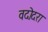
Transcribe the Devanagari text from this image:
वदोदरा